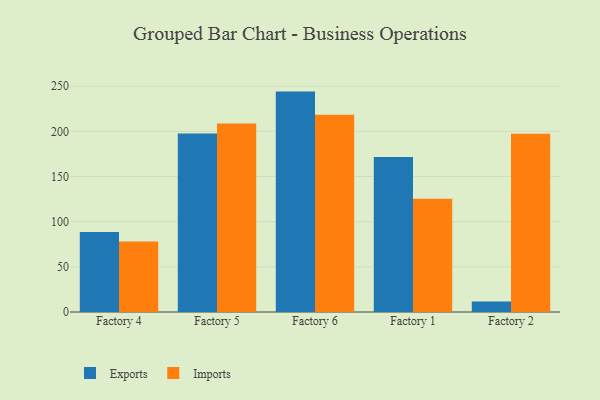
{"axis": {"x": "Factory", "y": "Budget (USD K)"}, "legend": ["Exports", "Imports"], "data": [{"x": "Factory 4", "y": 88.6, "type": "Exports"}, {"x": "Factory 4", "y": 78.0, "type": "Imports"}, {"x": "Factory 5", "y": 197.7, "type": "Exports"}, {"x": "Factory 5", "y": 208.7, "type": "Imports"}, {"x": "Factory 6", "y": 244.0, "type": "Exports"}, {"x": "Factory 6", "y": 218.4, "type": "Imports"}, {"x": "Factory 1", "y": 171.5, "type": "Exports"}, {"x": "Factory 1", "y": 125.4, "type": "Imports"}, {"x": "Factory 2", "y": 11.5, "type": "Exports"}, {"x": "Factory 2", "y": 197.4, "type": "Imports"}]}